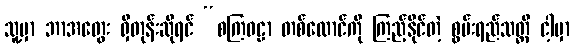
သူ့မှာ ဘာအတွေး ရှိတုန်းဆိုရင် “စကြဝဠာ တစ်ထောင်ကို ကြည့်နိုင်တဲ့ စွမ်းရည်သတ္တိ ငါ့မှာ